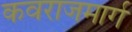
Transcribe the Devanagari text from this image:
कवराजमार्ग